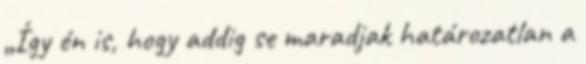
„Így én is, hogy addig se maradjak határozatlan a